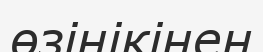
өзінікінен